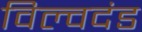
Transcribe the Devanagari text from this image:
विल्वदंड